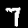
Label: 7